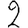
Digit: 2